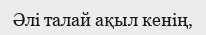
Әлі талай ақыл кенің,